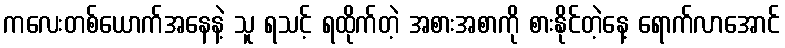
ကလေးတစ်ယောက်အနေနဲ့ သူ ရသင့် ရထိုက်တဲ့ အစားအစာကို စားနိုင်တဲ့နေ့ ရောက်လာအောင်